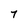
Character: 7